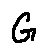
G